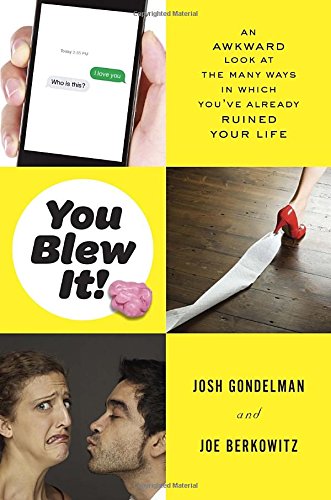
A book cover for You Blew It!: An Awkward Look at the Many Ways in Which You've Already Ruined Your Life; Josh Gondelman; Humor & Entertainment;